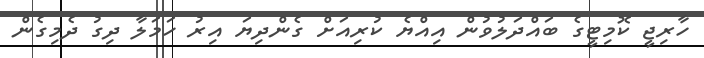
ހާރިޖީ ކޮމިޓީގެ ބައްދަލުވުން އިއްޔެ ކުރިއަށް ގެންދިޔަ އިރު ހަމަލާ ދިގު ދެމިގެން